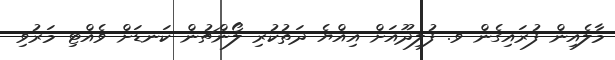
މާލެއިން ފުރައިގެން ވ. ފުލިދޫއަށް އިއްޔެ ދަތުކުރި ލޯންޗުން ކަނޑަށް ވެއްޓި މަރުވި